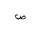
Letter: _sad